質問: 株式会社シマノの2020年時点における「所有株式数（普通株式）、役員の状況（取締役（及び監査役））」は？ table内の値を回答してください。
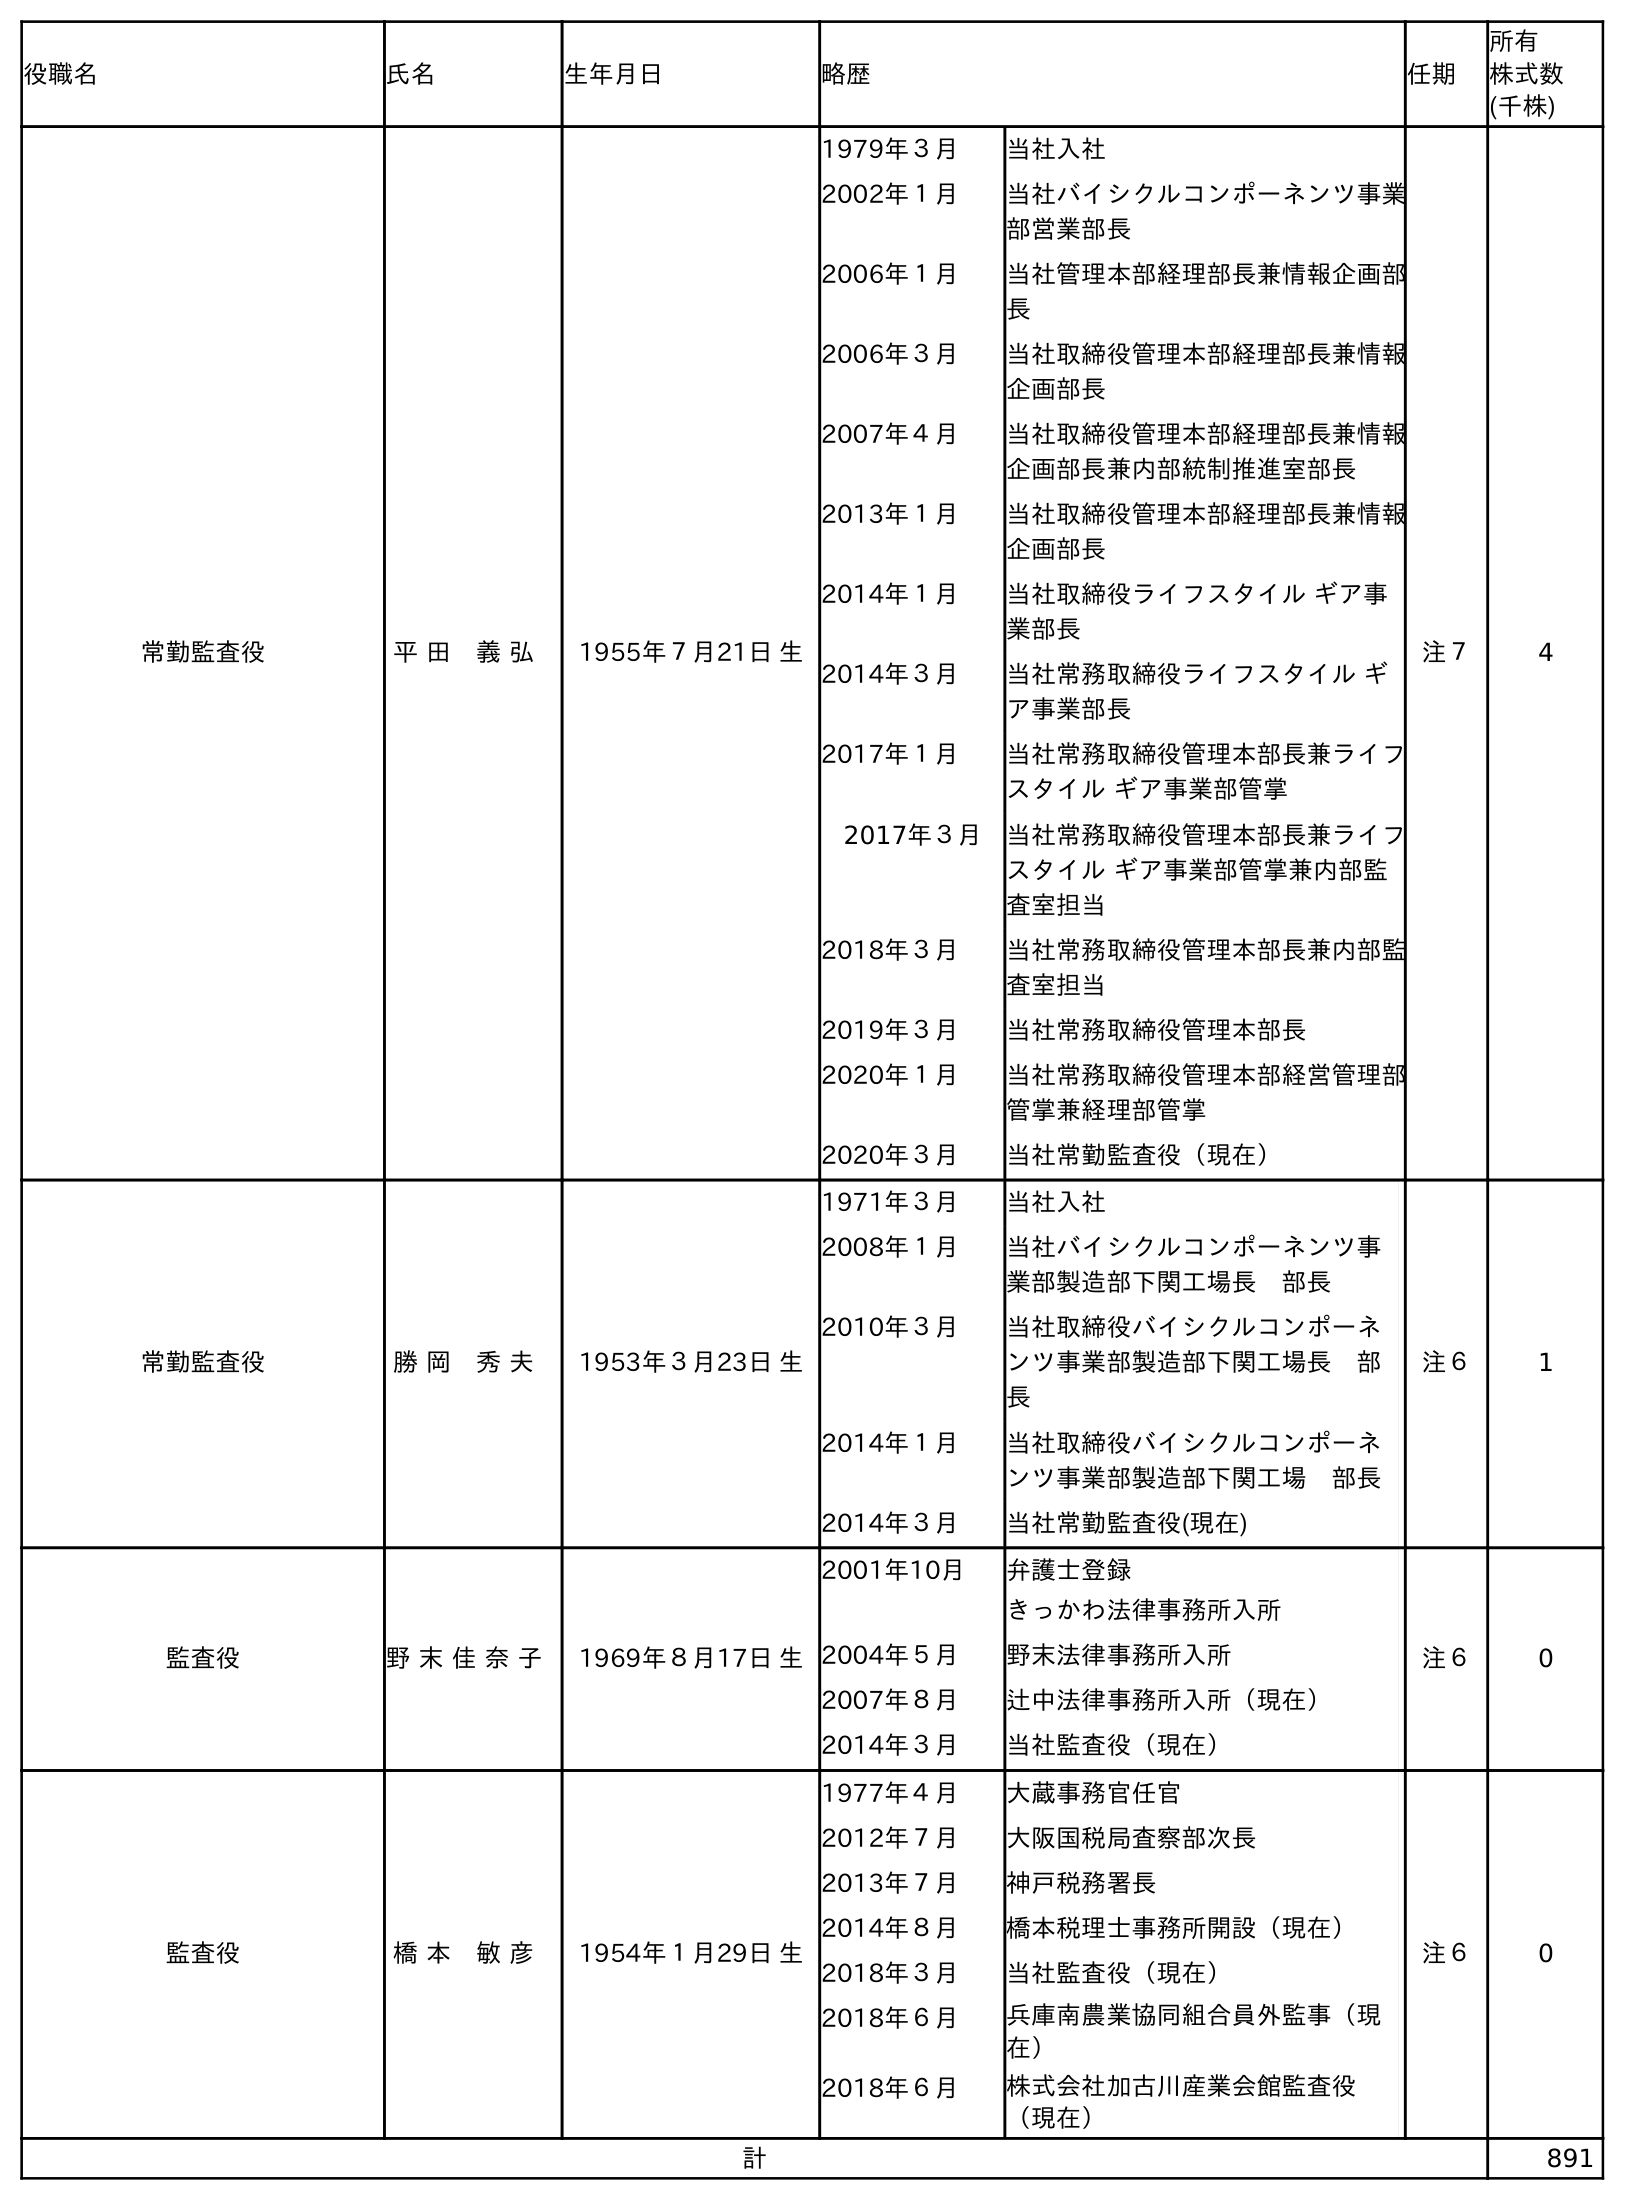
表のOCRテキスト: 役職名 氏名 生年月日 略歴 任期 所有 株式数 (千株) 常勤監査役 平 田 義 弘 1955年７月21日 生 1979年３月 当社入社 2002年１月 当社バイシクルコンポーネンツ事業 部営業部長 2006年１月 当社管理本部経理部長兼情報企画部 長 2006年３月 当社取締役管理本部経理部長兼情報 企画部長 2007年４月 当社取締役管理本部経理部長兼情報 企画部長兼内部統制推進室部長 2013年１月 当社取締役管理本部経理部長兼情報 企画部長 2014年１月 当社取締役ライフスタイル ギア事 業部長 2014年３月 当社常務取締役ライフスタイル ギ ア事業部長 2017年１月 当社常務取締役管理本部長兼ライフ スタイル ギア事業部管掌 2017年３月 当社常務取締役管理本部長兼ライフ スタイル ギア事業部管掌兼内部監 査室担当 2018年３月 当社常務取締役管理本部長兼内部監 査室担当 2019年３月 当社常務取締役管理本部長 2020年１月 当社常務取締役管理本部経営管理部 管掌兼経理部管掌 2020年３月 当社常勤監査役（現在） 注７ 4 常勤監査役 勝 岡 秀 夫 1953年３月23日 生 1971年３月 当社入社 2008年１月 当社バイシクルコンポーネンツ事 業部製造部下関工場長 部長 2010年３月 当社取締役バイシクルコンポーネ ンツ事業部製造部下関工場長 部 長 2014年１月 当社取締役バイシクルコンポーネ ンツ事業部製造部下関工場 部長 2014年３月 当社常勤監査役(現在) 注６ 1 監査役 野 末 佳 奈 子 1969年８月17日 生 2001年10月 弁護士登録 きっかわ法律事務所入所 2004年５月 野末法律事務所入所 2007年８月 辻中法律事務所入所（現在） 2014年３月 当社監査役（現在） 注６ 0 監査役 橋 本 敏 彦 1954年１月29日 生 1977年４月 大蔵事務官任官 2012年７月 大阪国税局査察部次長 2013年７月 神戶税務署長 2014年８月 橋本税理士事務所開設（現在） 2018年３月 当社監査役（現在） 2018年６月 兵庫南農業協同組合員外監事（現 在） 2018年６月 株式会社加古川産業会館監査役 （現在） 注６ 0 計 891
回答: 891